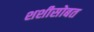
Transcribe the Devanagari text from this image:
शशीसोबत